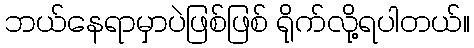
ဘယ်နေရာမှာပဲဖြစ်ဖြစ် ရိုက်လို့ရပါတယ်။